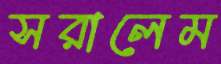
সরালেম